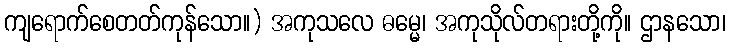
ကျရောက်စေတတ်ကုန်သော။) အကုသလေ ဓမ္မေ၊ အကုသိုလ်တရားတို့ကို။ ဌာနသော၊